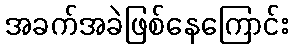
အခက်အခဲဖြစ်နေကြောင်း